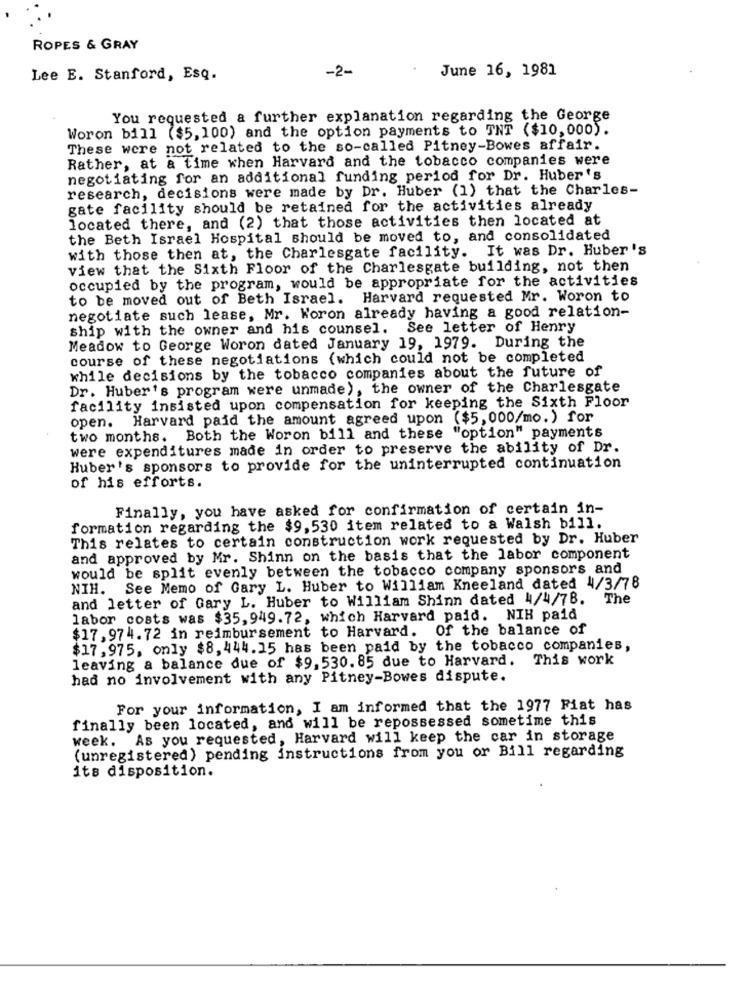
ROPES & GRAY
-2-
June 16, 1981
Lee E. Stanford, EsQ.
You requested a further explanation regarding the George
Woron bill ($5, 100) and the option payments to TNT ($10,000).
These were not related to the so-called Pitney-Bowes affair.
Rather, at a time when Harvard and the tobacco companies were
negotiating for an additional funding period for Dr. Huber's
research, decisions were made by Dr. Huber (1) that the Charles-
gate facility should be retained for the activities already
located there, and (2) that those activities then located at
the Beth Israel Hospital should be moved to, and consolidated
It was Dr. Huber's
with those then at, the Charlesgate facility.
view that the Sixth Floor of the Charlesgate building, not then
occupied by the program, would be appropriate for the activities
to be moved out of Beth Israel. Harvard requested Mr. Woron to
negotiate such lease, Mr. Woron already having a good relation-
ship with the owner and his counsel. See letter of Henry
Meadow to George Woron dated January 19, 1979. During the
course of these negotiations (which could not be completed
while decisions by the tobacco companies about the future of
Dr. Huber's program were unmade), the owner of the Charlesgate
facility insisted upon compensation for keeping the Sixth Floor
open. Harvard paid the amount agreed upon ($5,000/mo.) for
two months. Both the Woron bill and these "option" payments
were expenditures made in order to preserve the ability of Dr.
Huber's sponsors to provide for the uninterrupted continuation
of his efforts.
Finally, you have asked for confirmation of certain in-
formation regarding the $9,530 item related to a Walsh bill.
This relates to certain construction work requested by Dr. Huber
and approved by Mr. Shinn on the basis that the labor component
would be split evenly between the tobacco company sponsors and
NIH. See Memo of Gary L. Huber to William Kneeland dated 4/3/78
and letter of Gary L. Huber to William Shinn dated 4/4/78. The
labor costs was $35, 949.72, which Harvard paid. NIH paid
$17,974.72 in reimbursement to Harvard. Of the balance of
$17,975, only $8, 444.15 has been paid by the tobacco companies,
leaving a balance due of $9, 530. 85 due to Harvard. This work
had no involvement with any Pitney-Bowes dispute.
For your information, I am informed that the 1977 Fiat has
finally been located, and will be repossessed sometime this
week. As you requested, Harvard will keep the car in storage
(unregistered) pending instructions from you or Bill regarding
its disposition.